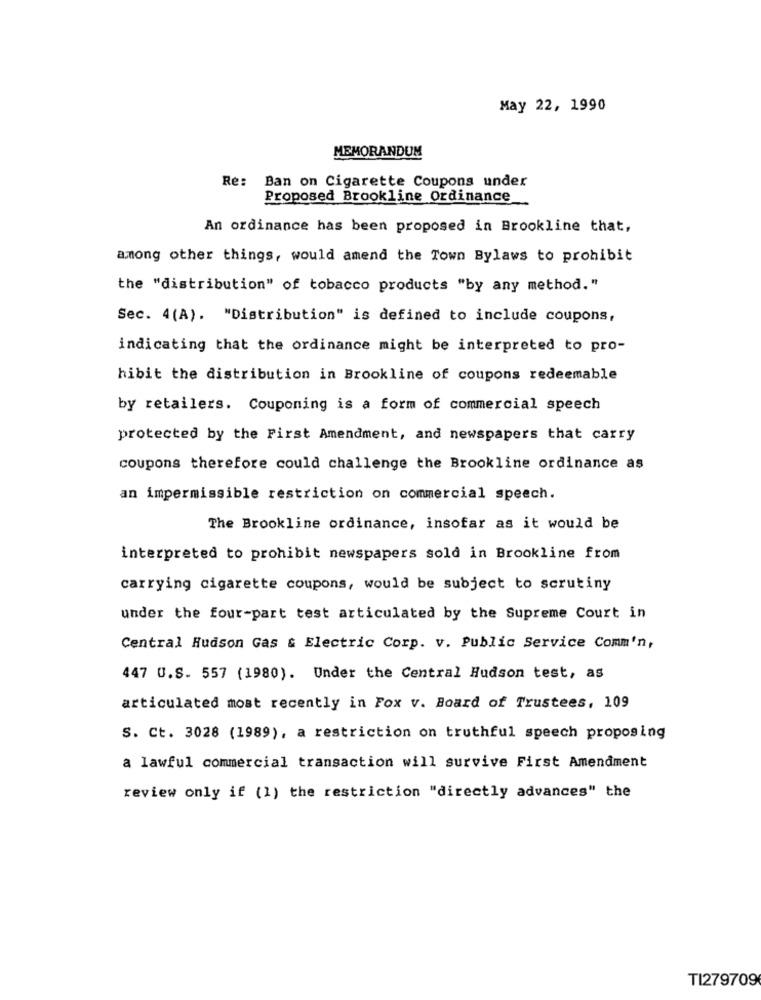
May 22, 1990
MEMORANDUM
Re: Ban on Cigarette Coupons under
Proposed Brookline Ordinance
An ordinance has been proposed in Brookline that,
among other things, would amend the Town Bylaws to prohibit
the "distribution" of tobacco products "by any method."
Sec. 4(A). "Distribution" is defined to include coupons,
indicating that the ordinance might be interpreted to pro-
hibit the distribution in Brookline of coupons redeemable
by retailers. Couponing is a form of commercial speech
protected by the First Amendment, and newspapers that carry
coupons therefore could challenge the Brookline ordinance as
an impermissible restriction on commercial speech.
The Brookline ordinance, insofar as it would be
interpreted to prohibit newspapers sold in Brookline from
carrying cigarette coupons, would be subject to scrutiny
under the four-part test articulated by the Supreme Court in
Central Hudson Gas & Electric Corp. v. Public Service Comm'n,
447 U.S. 557 (1980). Under the Central Hudson test, as
articulated most recently in Fox v. Board of Trustees, 109
S. Ct. 3028 (1989), a restriction on truthful speech proposing
a lawful commercial transaction will survive First Amendment
review only if (1) the restriction "directly advances" the
TI279709